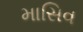
માસિવ